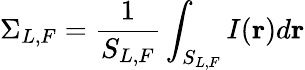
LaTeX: \Sigma_{L,F}=\frac{1}{S_{L,F}}\int_{S_{L,F}}I(\mathbf{r})d\mathbf{r}